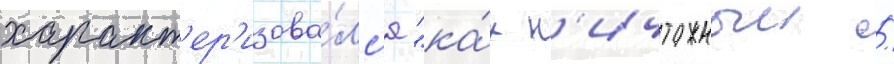
характ'ер'изова́лс'я "ка́к н'ичтожныи /